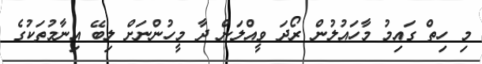
މި ހިތް ގައިމު މާހައުލުން ރޯދަ ވީއްލަން ދާ މީހުންނަށް ލިބޭ އިނާމުތަކުގެ